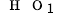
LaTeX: _{{\mathrm{~\scriptsize~H~}}{\mathrm{~\scriptsize~O~}}_{1}}